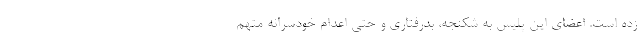
زده است. اعضای این پلیس به شکنجه، بدرفتاری و حتی اعدام خودسرانه متهم